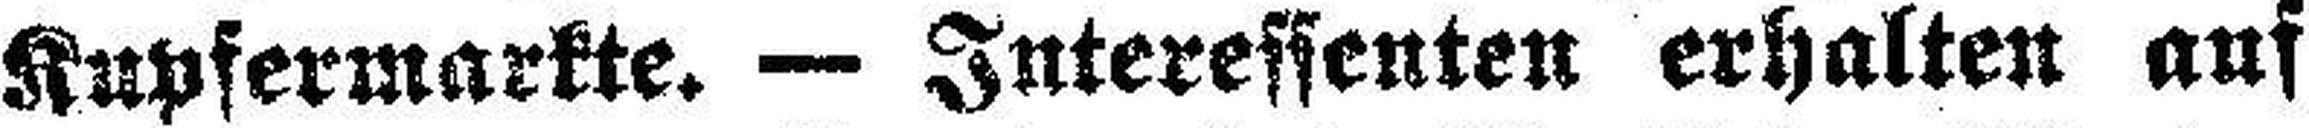
Kupfermarkte. — Interessenten erhalten auf